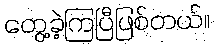
တွေ့ခဲ့ကြပြီဖြစ်တယ်။